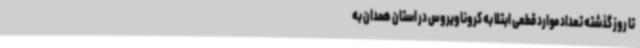
تا روز گذشته تعداد موارد قطعی ابتلا به کروناویروس در استان همدان به